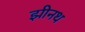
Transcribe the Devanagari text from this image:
झीनथ